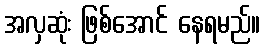
အလှဆုံး ဖြစ်အောင် နေရမည်။